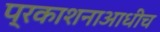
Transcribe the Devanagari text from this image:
प्रकाशनाआधीच